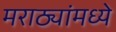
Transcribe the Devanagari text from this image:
मराठ्यांमध्ये